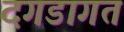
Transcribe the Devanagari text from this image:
दगडागत